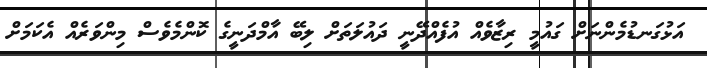
އަޅުގަނޑުމެންނަށް ގައުމީ ރިޒާވެއް އުފެއްދޭނީ ދައުލަތަށް ލިބޭ އާމްދަނީގެ ކޮންމެވެސް މިންވަރެއް އެކަމަށް